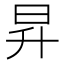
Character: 昇